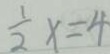
\frac { 1 } { 2 } x = 4